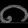
Digit: ၈